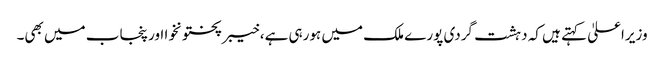
وزیراعلیٰ کہتے ہیں کہ دہشت گردی پورے ملک میں ہورہی ہے، خیبرپختونخوا اور پنجاب میں بھی۔